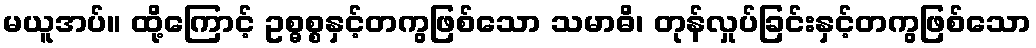
မယူအပ်။ ထို့ကြောင့် ဥစ္ဓစ္စနှင့်တကွဖြစ်သော သမာဓိ၊ တုန်လှုပ်ခြင်းနှင့်တကွဖြစ်သော